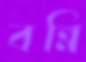
বন্নি